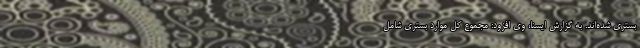
بستری شده‌اند. به گزارش ایسنا، وی افزود: مجموع کل موارد بستری شامل